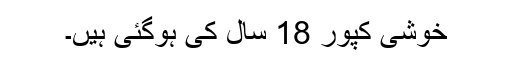
خوشی کپور 18 سال کی ہوگئی ہیں۔